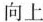
向上